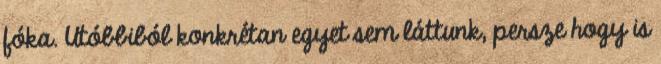
fóka. Utóbbiból konkrétan egyet sem láttunk, persze hogy is